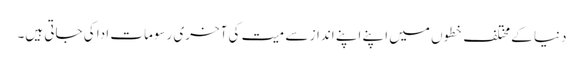
دنیا کے مختلف خطوں میں اپنے اپنے انداز سے میت کی آخری رسومات ادا کی جاتی ہیں۔